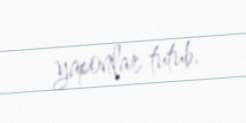
yaponlar tutub.